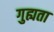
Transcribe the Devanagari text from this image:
गुह्यता